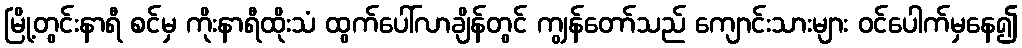
မြို့တွင်းနာရီ စင်မှ ကိုးနာရီထိုးသံ ထွက်ပေါ်လာချိန်တွင် ကျွန်တော်သည် ကျောင်းသားများ ဝင်ပေါက်မှနေ၍